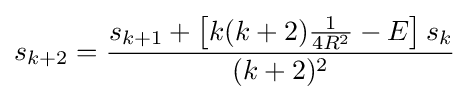
s_{k+2}={\frac {s_{k+1}+\left[k(k+2){\frac {1}{4R^{2}}}-E\right]s_{k}}{(k+2)^{2}}}